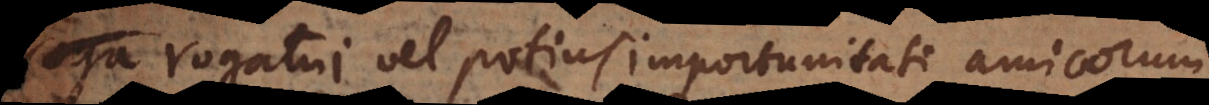
rogatui vel potius importunitati amicorum